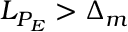
L _ { P _ { E } } > \Delta _ { m }